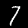
Label: 7